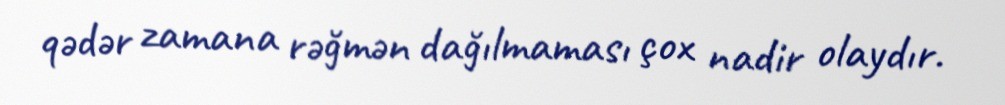
qədər zamana rəğmən dağılmaması çox nadir olaydır.